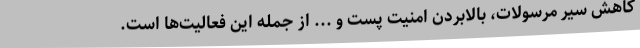
کاهش سیر مرسولات، بالابردن امنیت پست و ... از جمله این فعالیت‌ها است.